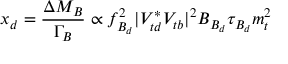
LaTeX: x _ { d } = \frac { \Delta M _ { B } } { \Gamma _ { B } } \propto f _ { B _ { d } } ^ { 2 } | V _ { t d } ^ { * } V _ { t b } | ^ { 2 } B _ { B _ { d } } \tau _ { B _ { d } } m _ { t } ^ { 2 }